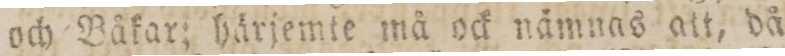
och Båkar; härjemte må ock nämnas at, då